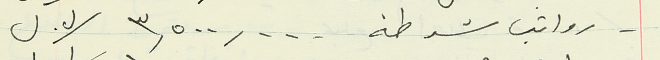
- رواتب شرطة  ٣,٥٠٠,٠٠٠ / ل. ل